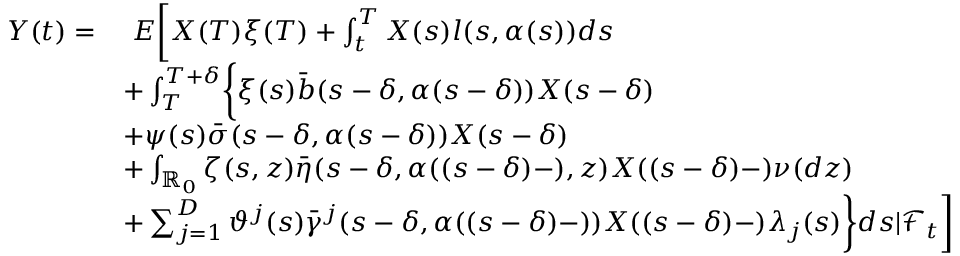
\begin{array} { r l } { Y ( t ) = } & { \ E \biggl [ X ( T ) \xi ( T ) + \int _ { t } ^ { T } X ( s ) l ( s , \alpha ( s ) ) d s } \\ & { + \int _ { T } ^ { T + \delta } \biggl \{ \xi ( s ) \bar { b } ( s - \delta , \alpha ( s - \delta ) ) X ( s - \delta ) } \\ & { + \psi ( s ) \bar { \sigma } ( s - \delta , \alpha ( s - \delta ) ) X ( s - \delta ) } \\ & { + \int _ { \mathbb { R } _ { 0 } } \zeta ( s , z ) \bar { \eta } ( s - \delta , \alpha ( ( s - \delta ) - ) , z ) X ( ( s - \delta ) - ) \nu ( d z ) } \\ & { + \sum _ { j = 1 } ^ { D } \vartheta ^ { j } ( s ) \bar { \gamma } ^ { j } ( s - \delta , \alpha ( ( s - \delta ) - ) ) X ( ( s - \delta ) - ) \lambda _ { j } ( s ) \biggr \} d s | \mathcal { F } _ { t } \biggr ] } \end{array}